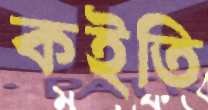
কইতি